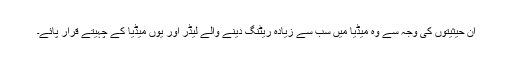
ان حیثیتوں کی وجہ سے وہ میڈیا میں سب سے زیادہ ریٹنگ دینے والے لیڈر اور یوں میڈیا کے چہیتے قرار پائے۔